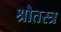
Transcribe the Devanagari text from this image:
श्रौतस्त्र